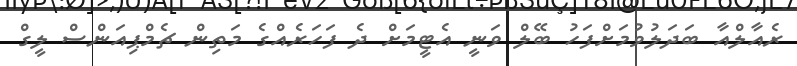
ރެއާލްއާ ބަދަލުވުމަށްފަހު ބޭލް ވަނީ އެޓީމަށް ދެ ފަހަރެއްގެ މަތިން ޗެމްޕިއަންސް ލީގް